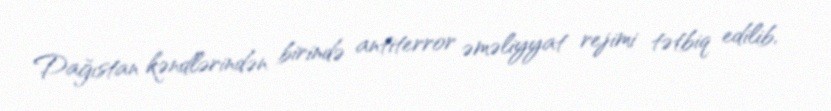
Dağıstan kəndlərindən birində antiterror əməliyyat rejimi tətbiq edilib,